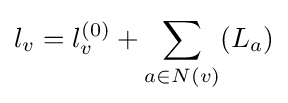
l_{v}=l_{v}^{(0)}+\sum _{a\in N(v)}(L_{a})